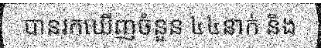
បានរកឃើញចំនួន ៤៤នាក់ និង